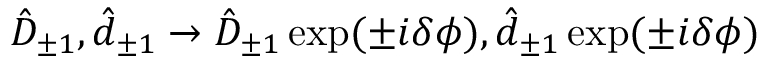
\hat { D } _ { \pm 1 } , \hat { d } _ { \pm 1 } \rightarrow \hat { D } _ { \pm 1 } \exp ( \pm i \delta \phi ) , \hat { d } _ { \pm 1 } \exp ( \pm i \delta \phi )